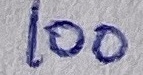
Text: 100